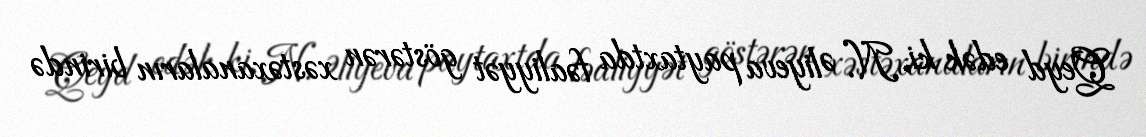
Qeyd edək ki, N. Əliyeva paytaxtda fəaliyyət göstərən xəstəxanaların birində